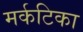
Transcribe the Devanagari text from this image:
मर्कटिका